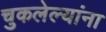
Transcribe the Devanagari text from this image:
चुकलेल्यांना